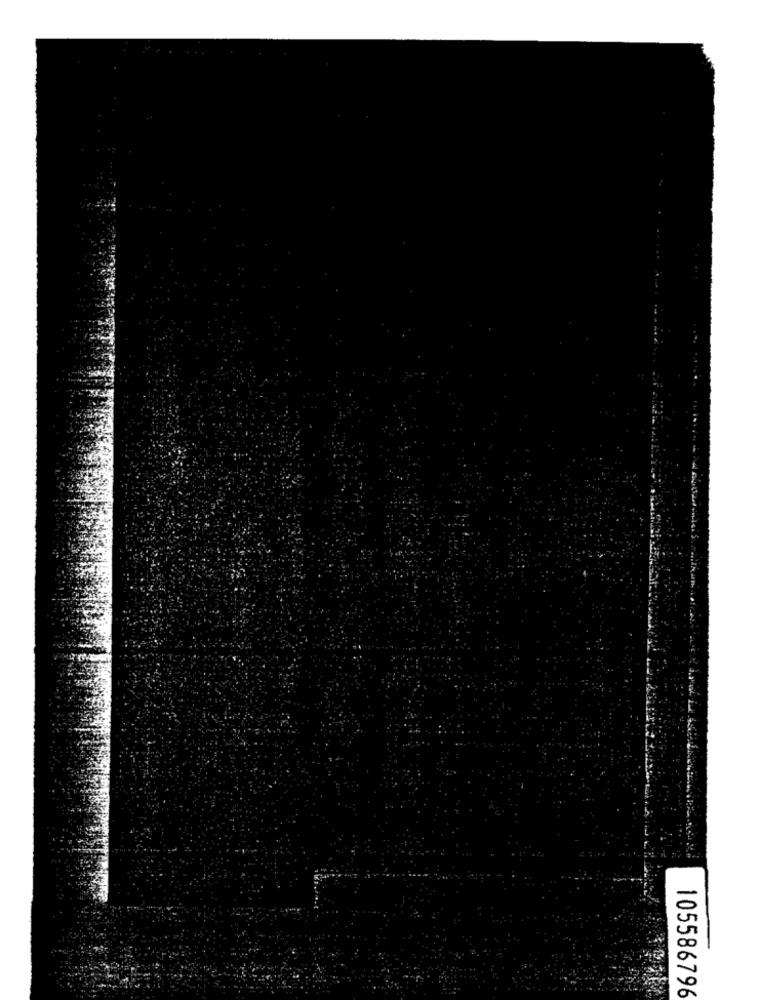
105586796